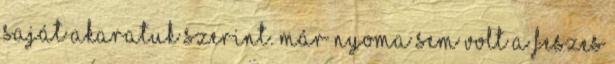
saját akaratuk szerint. Már nyoma sem volt a feszes